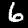
Digit: 6